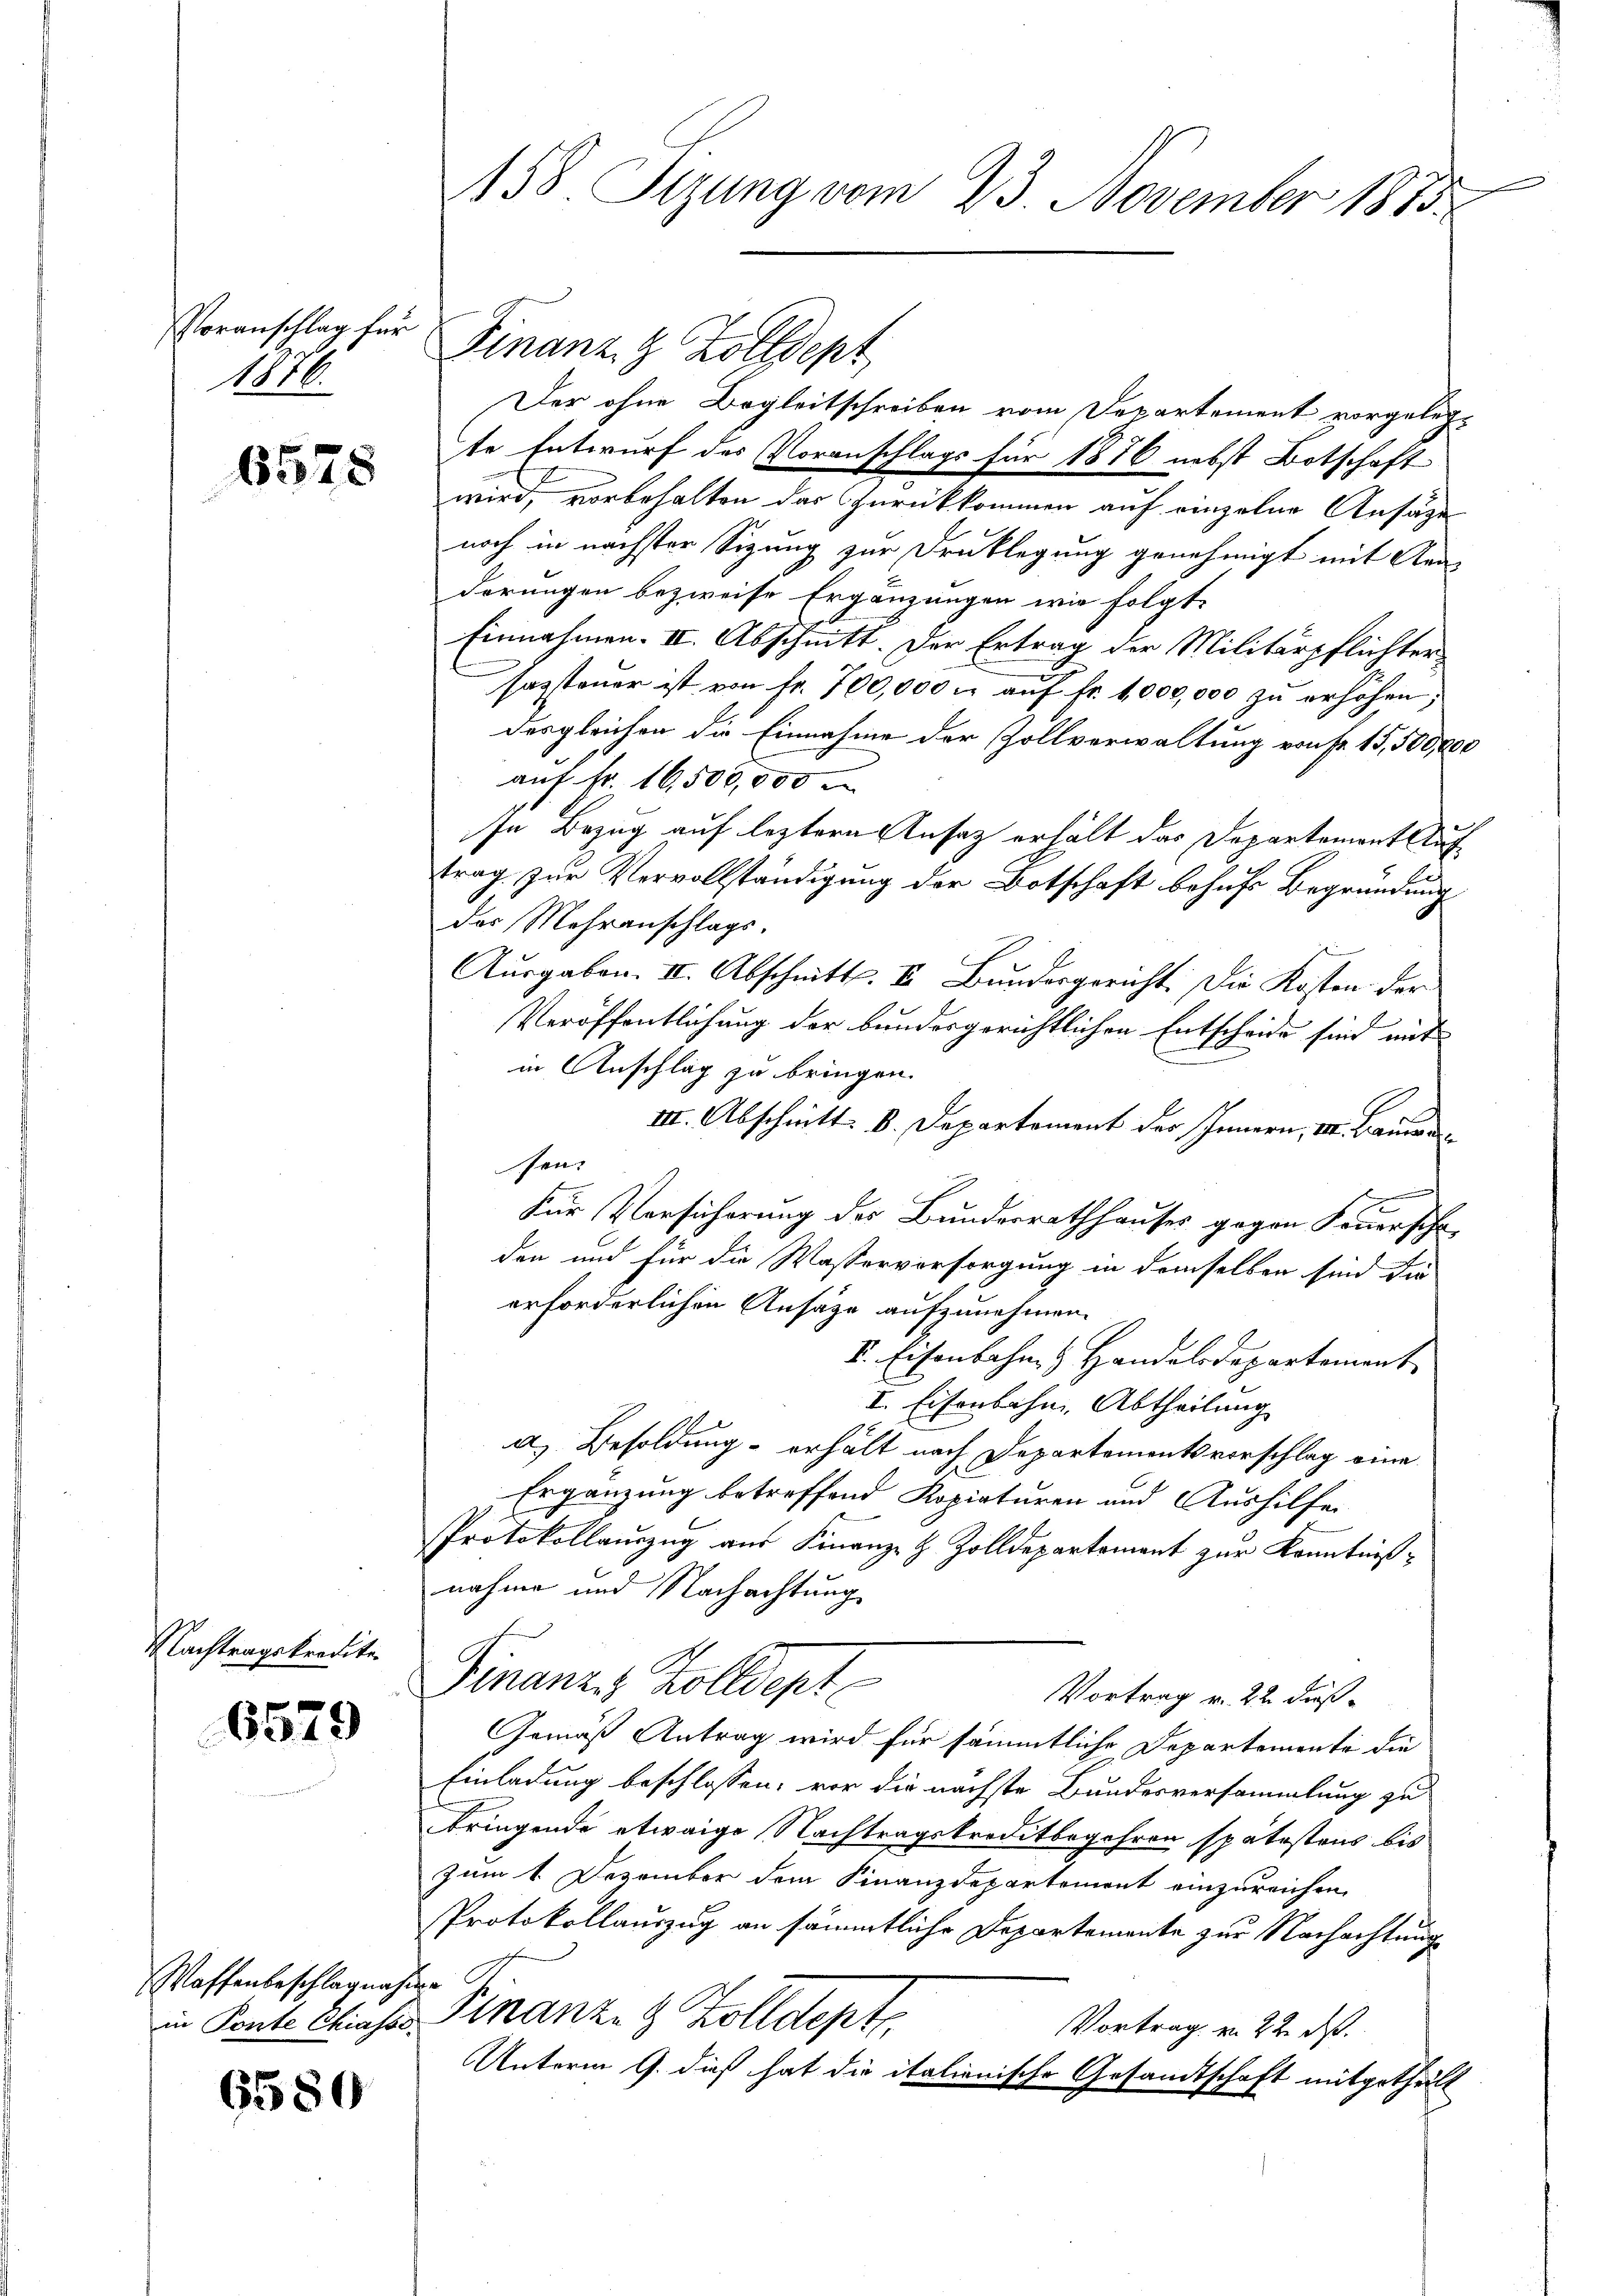
Voranschlag für
1876.

6578

Nachtragskredite

6579

Waffenbeschlagnahme

6580

Der ohne Begleitschreiben vom Departement vorgelegte Entwurf des Voranschlags für 1876 nebst Botschaft
wird, vorbehalten das Zurückkommen auf einzelne Ansäge
noch in nächster Sizung zur Druklegung genehmigt mit Raa
derungen bezweife Ergänzungen wir folgte
Einnahmen II. Abschnitt. Der Ertrag der Militärpflichter
sassteuer ist von fr. 700,000 m auf fr. 1000,000 zu erhöhen;
desgleichen die Einnahme der Zollverwaltung von Fr. 15,500,000
auf Fr. 16,500,000
In Bezug auf leztere Ansatz erhält das Departement Auftrag zur Vervollständigung der Botschaft behufs Begründung
des Mehranschlags-
Ausgaben. II. Abschnitt. II. Bundesgericht. Die Kosten der
Veröffentlichung der bundesgerichtlichen Entscheide sind mit
in Anschlag zu bringen.
III. Abschnitt: b. Departement des Innern, III. Bauwe
son.
Für Versicherung des Bundesrathhauses gegen Feuerschr
den und für die Wasservorsorgung in demselben sind die
erforderlichen Ansätze aufzunehmen.
F. Eisenbahn & Handelsdepartement
I. Eisenbahn. Abtheilung
a) Besoldung - erhält nach Departementsvorschlag eine
Ergänzung betreffend Kopiaturen und Aushilfen
Protokollauszug aus Finanz- & Zolldepartement zur Kenntnißnahme und Nachachtung
Finanze Zolldept
Vortrag v. 22. Fuß.
Gemäß Antrag wird für sämmtliche Departemente die
Einladung beschlossen; vor die nächste Bundesversammlung zu
bringende etwaige Nachtragskreditbegehren spätestens bis
zum 1. Dezember dem Finanzdepartement einzureichen.
Protokollauszug an sämmtliche Departemente zur Nachachtung
in Ponte Chiases Finanze & Zolldept
Vortrag v. 22. ds.
Unterm 9. dieß hat die italienische Gesandtschaft mitgetheilt

158. Sizung vom 23. November 1875

Finanz, 9 Zolldept